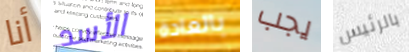
أنا الأسد بالعادة يجب بالرئيس